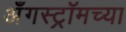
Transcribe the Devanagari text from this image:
अँगस्ट्रॉमच्या